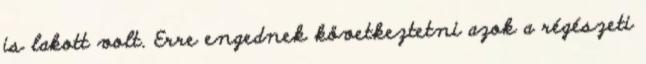
is lakott volt. Erre engednek következtetni azok a régészeti